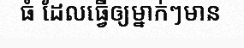
ធំ ដែលធ្វើឲ្យម្នាក់ៗមាន